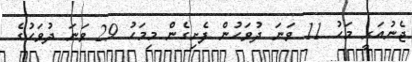
ޖެނުއަރީ މަހު 11 ވަނަ ދުވަހުން ފެށިގެން މިމަހު 29 ވަނަ ދުވަހުގެ